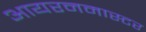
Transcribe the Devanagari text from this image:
आयरनमास्टर